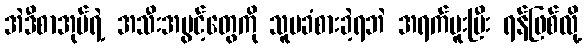
အဲဒီစာအုပ်ရဲ့ အသီးအပွင့်တွေကို သူမခံစားခဲ့ရဘဲ အရက်မူးပြီး ရန်ဖြစ်လို့